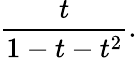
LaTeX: {\frac{t}{1-t-t^{2}}}.